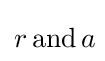
r\,{\text{and}}\,a\!